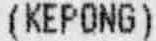
(KEPONG)